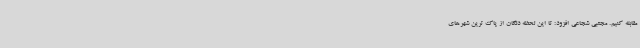
مقابله کنیم. مجتبی شجاعی افزود: تا این لحظه دلگان از پاک ترین شهرهای